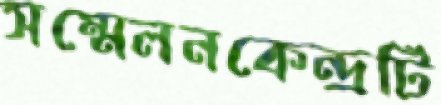
সম্মেলনকেন্দ্রটি